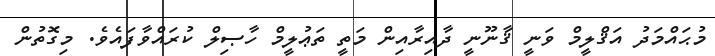
މުޙައްމަދު އަޤްލީމް ވަނީ ޤާނޫނީ ދާއިރާއިން މަތީ ތަޢުލީމް ހާޞިލް ކުރައްވާފައެވެ. މިގޮތުން